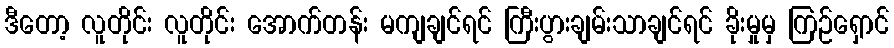
ဒီတော့ လူတိုင်း လူတိုင်း အောက်တန်း မကျချင်ရင် ကြီးပွားချမ်းသာချင်ရင် ခိုးမှုမှ ကြဉ်ရှောင်